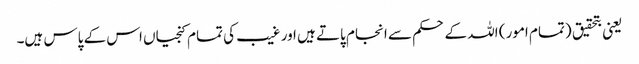
یعنی بتحقیق (تمام امور) اللہ کے حکم سے انجام پاتے ہیں اور غیب کی تمام کنجیاں اس کے پاس ہیں۔